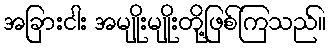
အခြားငါး အမျိုးမျိုးတို့ဖြစ်ကြသည်။